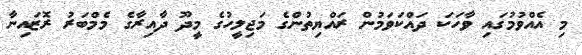
މި އެއްވުމުގައި ވާހަކަ ދައްކަވަމުން ރައްޔިތުންގެ މަޖިލީހުގެ މީދޫ ދާއިރާގެ މެމްބަރު ރޮޒައިނާ